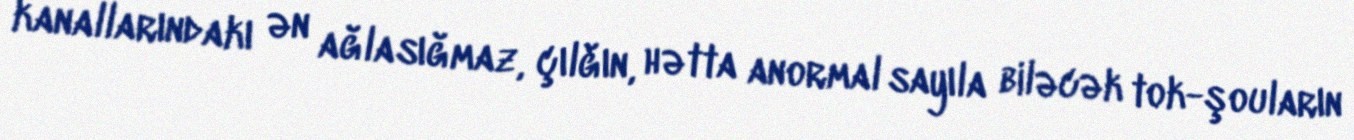
kanallarındakı ən ağlasığmaz, çılğın, hətta anormal sayıla biləcək tok-şouların